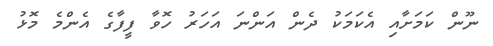
ނޫން ކަމަށާއި އެކަމަކު ދެން އަންނަ އަހަރު ހޮވާ ފީފާގެ އެންމެ މޮޅު